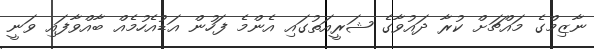
ނާޒިމްގެ މައްޗަށް ކުރާ ދައުވާގެ ޝަރީއަތުގައި އެންމެ ފަހުން އަޑުއެހުމެއް ބާއްވާފައި ވަނީ